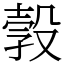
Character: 㝅